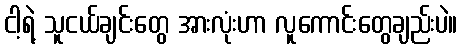
ငါ့ရဲ့ သူငယ်ချင်းတွေ အားလုံးဟာ လူကောင်းတွေချည်းပဲ။